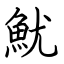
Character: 魷